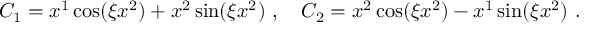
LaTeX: C _ { 1 } = x ^ { 1 } \cos ( \xi x ^ { 2 } ) + x ^ { 2 } \sin ( \xi x ^ { 2 } ) \ , \ \ \ C _ { 2 } = x ^ { 2 } \cos ( \xi x ^ { 2 } ) - x ^ { 1 } \sin ( \xi x ^ { 2 } ) \ .